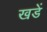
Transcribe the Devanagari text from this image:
खडें